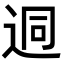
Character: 迵